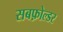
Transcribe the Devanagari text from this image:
सबफ़ोल्डर